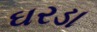
ઘરડા